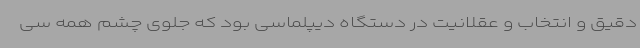
دقیق و انتخاب و عقلانیت در دستگاه دیپلماسی بود که جلوی چشم همه سی